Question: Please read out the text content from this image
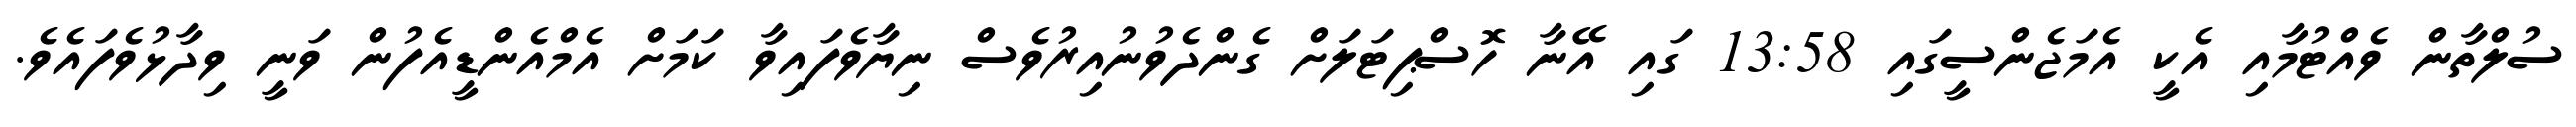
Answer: ސުލްތާން ވެއްޓުމާއި އެކީ އެމަޖެންސީގައި 13:58 ގައި އޭނާ ހޮސްޕިޓަލަށް ގެންދެވުނުއިރުވެސް ނިޔާވެފައިވާ ކަމަށް އެމްއެންޑީއެފުން ވަނީ ވިދާޅުވެފައެވެ.